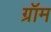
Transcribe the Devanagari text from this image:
ग्रॉम